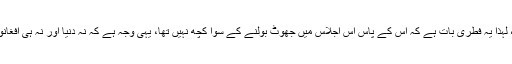
چونکہ اشرف غنی کی 5 سالہ صدارت خود افغانستان کی معاشی جمود کا سب سے بڑا سبب ہے ، لہذا یہ فطری بات ہے کہ اس کے پاس اس اجلاس میں جھوٹ بولنے کے سوا کچھ نہیں تھا، یہی وجہ ہے کہ نہ دنیا اور نہ ہی افغانوں نے ان کی بات سنی، اس کے برعکس میڈیا پر جو کچھ شائع ہوا وہ مندرجہ ذیل چند نکات ہیں ۔